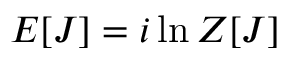
E [ J ] = i \ln Z [ J ]